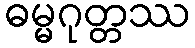
ဓမ္မဂုတ္တဿ